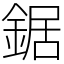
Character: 鋸